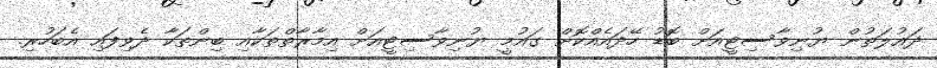
ދައުލަތުން ޔުނިވާސިޓީއަށް ބޮޑު ހޭދައެއްކޮށް ގައުމީ ޔުނިވާސިޓީއަށް އިމާރާތްތަކާއި ބިންތަކާ ދެވިފައި އެބަހުރި.